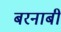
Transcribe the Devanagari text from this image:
बरनाबी